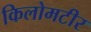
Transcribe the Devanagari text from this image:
किलोमटीर